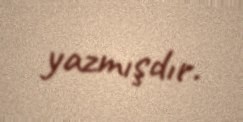
yazmışdır.